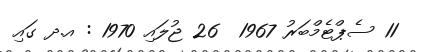
11 ސެޕްޓެމްބަރު 1967  26 ޖުލައި 1970 : އ.ދ ގައި